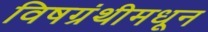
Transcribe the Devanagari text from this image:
विषग्रंथीमधून